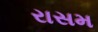
રાસમ